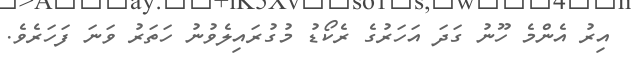
އިރު އެންމެ ހޫނު ގަދަ އަހަރުގެ ރެކޯޑު މުގުރައިލެވުނު ހަތަރު ވަނަ ފަހަރެވެ.